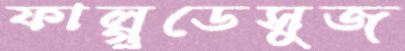
ফাল্গুডেসুজ